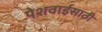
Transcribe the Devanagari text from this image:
पेशवाईसाठी